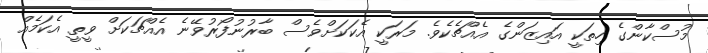
މުސްކާންގެ ހިތަކީ އައިޒަންގެ އެއްޗެކެވެ. މަރަކީ އެކަކަށްވެސް ބާރުނުފޯރުވޭނެ އެއްޗަކަށް ވީތީ އެކަމެއް